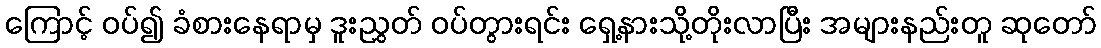
ကြောင့် ဝပ်၍ ခံစားနေရာမှ ဒူးညွှတ် ဝပ်တွားရင်း ရှေ့နားသို့တိုးလာပြီး အများနည်းတူ ဆုတော်